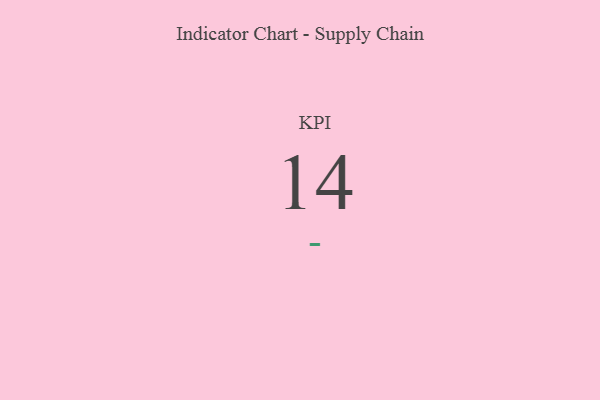
{"axis": {"x": "KPI", "y": "Value"}, "legend": [""], "data": [{"x": "KPI", "y": 14, "type": ""}]}